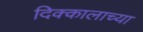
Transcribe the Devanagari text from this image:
दिक्कालाच्या